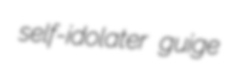
self-idolater guige